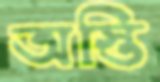
অস্তি